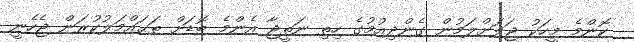
ކޮންމެ މީހަކު ޖަލަށްލަމުން ގެންދިއުމުގެ ހިތި ނަތީޖާ އެންމެ ބޮޑަށް ތަޙައްމަލުކުރަން ޖެހެނީ